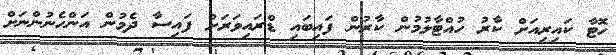
ހޮޓާ ކައިރިއަށް ކާރު ހުއްޓާލުމުން ކާރުން ފައިބައި ޑްރައިވަރަށް ފައިސާ ދެމުން އަންހެނުންނަށް